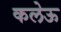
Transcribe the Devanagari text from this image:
कलेऊ